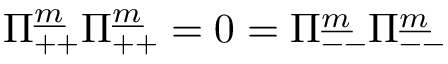
\Pi _ { + + } ^ { \underline { { m } } } \Pi _ { + + } ^ { \underline { { m } } } = 0 = \Pi _ { -- } ^ { \underline { { m } } } \Pi _ { -- } ^ { \underline { { m } } }